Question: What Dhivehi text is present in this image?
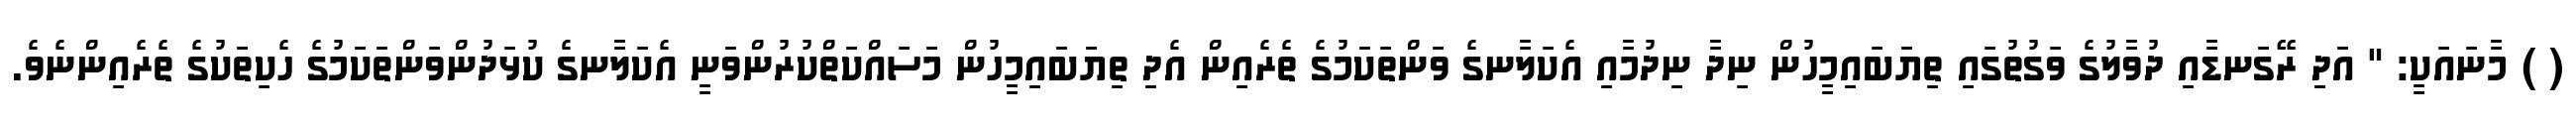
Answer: ( ) މާނައަކީ: " އަދި ރޭގަނޑާއި ދުވާލުގެ ވަގުތުގައި ތިޔަބައިމީހުން ނިދާ ނިދުމާއި އެކަލާނގެ ވަންތަކަމުގެ ތެރެއިން އެދި ތިޔަބައިމީހުން މަސައްކަތްކުރުންވަނީ އެކަލާނގެ ކުޅަދުންވަންތަކަމުގެ ހެކިތަކުގެ ތެރެއިންނެވެ.